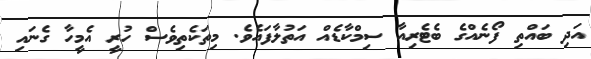
އަދި ބައްތި ފޯނެއްގެ ބެޓެރިއާ ސިމްކާޑެއް އަތުލާފައެވެ. މިތަކެތިވެސް ހުރީ އެމީހާ ގެނައި